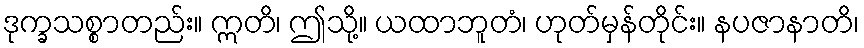
ဒုက္ခသစ္စာတည်း။ ဣတိ၊ ဤသို့။ ယထာဘူတံ၊ ဟုတ်မှန်တိုင်း။ နပဇာနာတိ၊